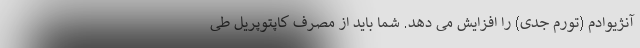
آنژیوادم (تورم جدی) را افزایش می دهد. شما باید از مصرف کاپتوپریل طی